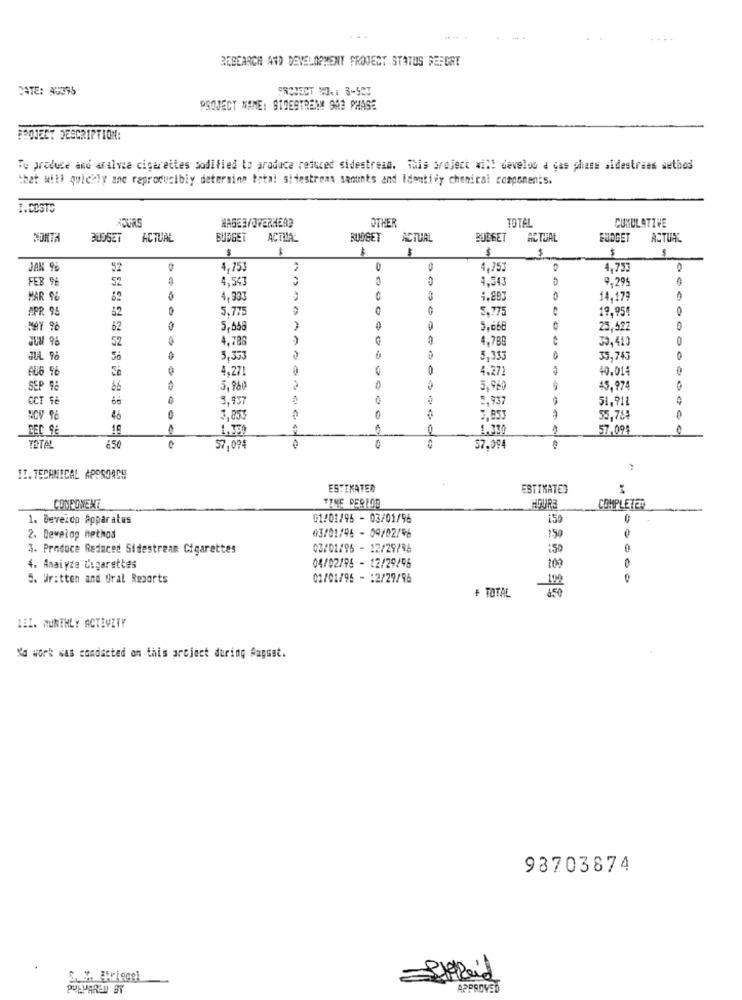
....
RESEARCH AND DEVELOPMENT PROJECT STATUS REPORT
DATE: #3395
PROTECT MAI 8-527
PROJECT NAME: SIDESTREAM GAS PHASE
PROJECT DESCRIPTION:
To produce and aralvze cigarettes modified to produce reduced sidestream. This project will develop a gas phase sidestraes wethod
that will quickly ane reproducibiy determine total sitestroms sanunks and Identify chemical components.
1.COSTS
OTHER
NAGER/OVERHEAD
TOTAL
CUMULATIVE
SORTA
ACTUAL
ACTILAE
BUDGET
ACTUAL
BUDGET
ACTUAL
BUDGET
ACTUAL
$
$
$
$
$
$
JAN 9%
52
4,753
4,753
4.753
FEB 9%
52
4,543
4,543
9.295
MAR %
82
4,933
4.893
14,179
APR 94
62
00
5.775
5,7
19,954
0
62
5,658
5,668
23,522
JUM 96
52
4,788
4,7B8
30,410
0
JUL 9%
5,353
-
5,333
35,743
AU6 96
4,27
4.271
40.014
SEP 98
3,960
3.960
45.974
OCT fé
3,957
0
5.937
51,911
46
3,853
55,764
DEC 96
10
1.350
1.330
57.09
0
TOTAL
¿50
57,074
57.094
II. TECHNICAL APPROACH
ESTIMATED
ESTIMATED
COMPONENT
TTHE PERIOD
HOURE
COMPLETED
1. Deveido Apparatus
01/01/96 - 03/01/96
150
150
0
2. Develop method
03/01/96 - 09/02/96
3. Produce Reduced Sidestream Cigarettes
03/02/96 - 12/29/96
:50
4. Analyze Cigarettes
04/02/95 - 12/29/96
102
S. Written and Oral Resorts
01/01/96 - 12/29/96
-102
+ TOTAL
1EI. MONTHLY ACTIVITY
Na work was conducted on this arcject during Aagust.
98703874
5. 7. ªtriegel
PULPARED BY
APPROVED